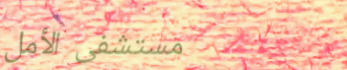
مستشفى الأمل